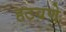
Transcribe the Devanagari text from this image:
हटवणे